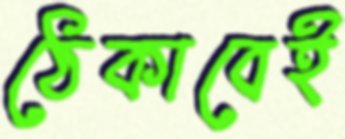
ঠেকাবেই